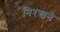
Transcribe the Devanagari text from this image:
निरखने